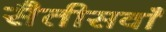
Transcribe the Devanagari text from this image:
सैतीसवाँ